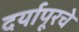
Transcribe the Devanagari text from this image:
दर्यापूरचे